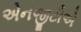
એનજીટીએ